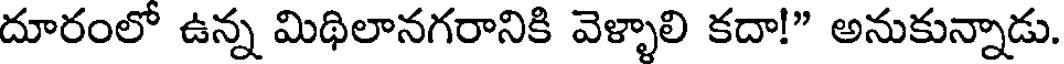
దూరంలో ఉన్న మిథిలానగరానికి వెళ్ళాలి కదా!" అనుకున్నాడు.